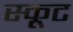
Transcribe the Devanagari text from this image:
स्कूट